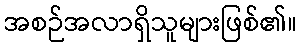
အစဉ်အလာရှိသူများဖြစ်၏။